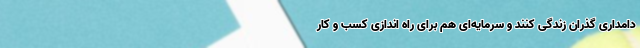
دامداری گذران زندگی کنند و سرمایه‌ای هم برای راه اندازی کسب و کار